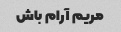
مریم آرام باش